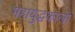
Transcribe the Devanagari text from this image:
महायुद्धकालों